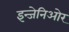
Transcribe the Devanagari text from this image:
इन्जेनिओर